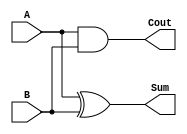
`timescale 1ns / 1ps
//////////////////////////////////////////////////////////////////////////////////
// Company: 
// Engineer: 
// 
// Design Name: 
// Module Name:    half_adder 
// Project Name: 
// Target Devices: 
// Tool versions: 
// Description: 
//
// Dependencies: 
//
// Revision: 
// Revision 0.01 - File Created
// Additional Comments: 
//
//////////////////////////////////////////////////////////////////////////////////
module half_adder(A, B, Cout, Sum);

	input A, B;
	output Cout, Sum;
	
	assign Sum = A^B;
	assign Cout = A&B;

endmodule